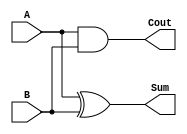
`timescale 1ns / 1ps
//////////////////////////////////////////////////////////////////////////////////
// Company: 
// Engineer: 
// 
// Design Name: 
// Module Name:    half_adder 
// Project Name: 
// Target Devices: 
// Tool versions: 
// Description: 
//
// Dependencies: 
//
// Revision: 
// Revision 0.01 - File Created
// Additional Comments: 
//
//////////////////////////////////////////////////////////////////////////////////
module half_adder(A, B, Cout, Sum);

	input A, B;
	output Cout, Sum;
	
	assign Sum = A^B;
	assign Cout = A&B;

endmodule